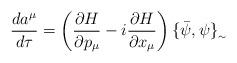
LaTeX: \begin{align*}\frac{da^{\mu }}{d\tau} = \left(\frac{\partial H}{\partial p_{\mu } } - i\frac{\partial H}{\partial x_{\mu }}\right) \{\bar{\psi },\psi \}_{_{\sim }} \end{align*}